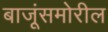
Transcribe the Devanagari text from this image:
बाजूंसमोरील